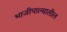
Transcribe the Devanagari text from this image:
भाजीपाल्यातील